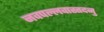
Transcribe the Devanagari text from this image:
नवपल्लवास्तदनु